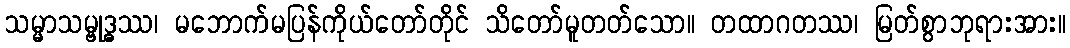
သမ္မာသမ္ဗုဒ္ဓဿ၊ မဘောက်မပြန်ကိုယ်တော်တိုင် သိတော်မူတတ်သော။ တထာဂတဿ၊ မြတ်စွာဘုရားအား။